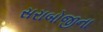
સરાબોજીના